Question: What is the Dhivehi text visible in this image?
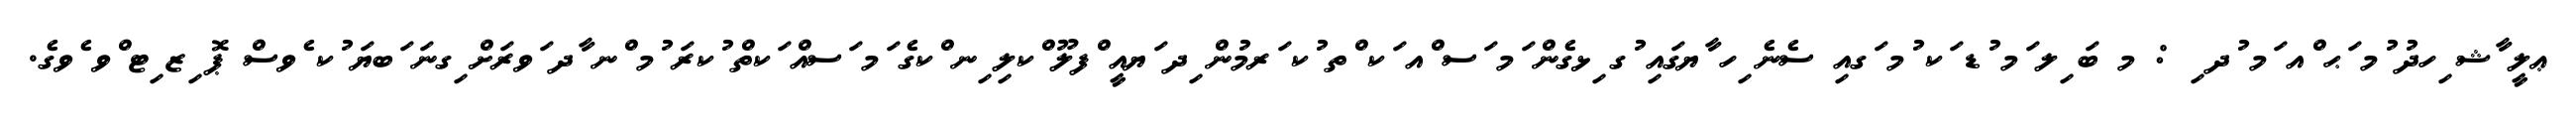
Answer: ޢލީ ާޝ ިހދު ުމ ަޙ ްއ ަމ ުދ ި : މ ބަ ިލ ަމ ުޑ ަކ ުމ ަގއި ސެނެ ިހ ާޔގައި ުގ ިޅގެން ަމ ަސ ްއ ަކ ްތ ުކ ަރމުން ިދ ަޔއީ ްފލޫ ްކލި ިނ ްކގެ ަމ ަސއް ަކތް ުކރަ ުމ ްނ ާދ ަވރަށް ިގނަ ަބޔަ ުކ ެވސް ޕޮ ިޒ ިޓ ްވ ެވގެ.